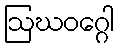
ဩဃဝဂ္ဂေါ